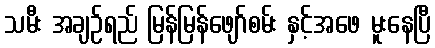
သမီး အချဉ်ရည် မြန်မြန်ဖျော်စမ်း နှင့်အဖေ မူးနေပြီ